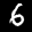
Label: 6